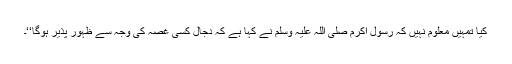
کیا تمہیں معلوم نہیں کہ رسول اکرم صلی اللہ علیہ وسلم نے کہا ہے کہ دجال کسی غصہ کی وجہ سے ظہور پذیر ہوگا‘‘۔